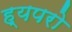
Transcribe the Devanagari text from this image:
ह्यपरो